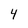
Character: 4